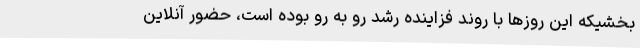
بخشیکه این روزها با روند فزاینده رشد رو به رو بوده است،‌ حضور آنلاین